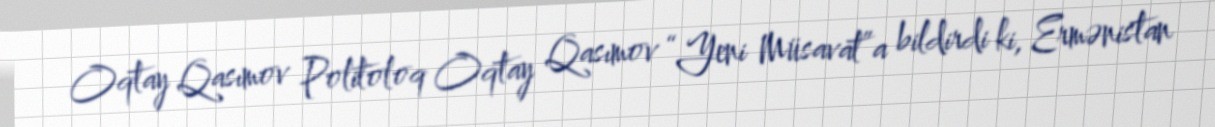
Oqtay Qasımov Politoloq Oqtay Qasımov “Yeni Müsavat”a bildirdi ki, Ermənistan